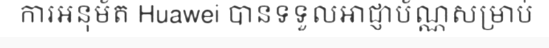
ការអនុម័ត Huawei បានទទួលអាជ្ញាប័ណ្ណសម្រាប់